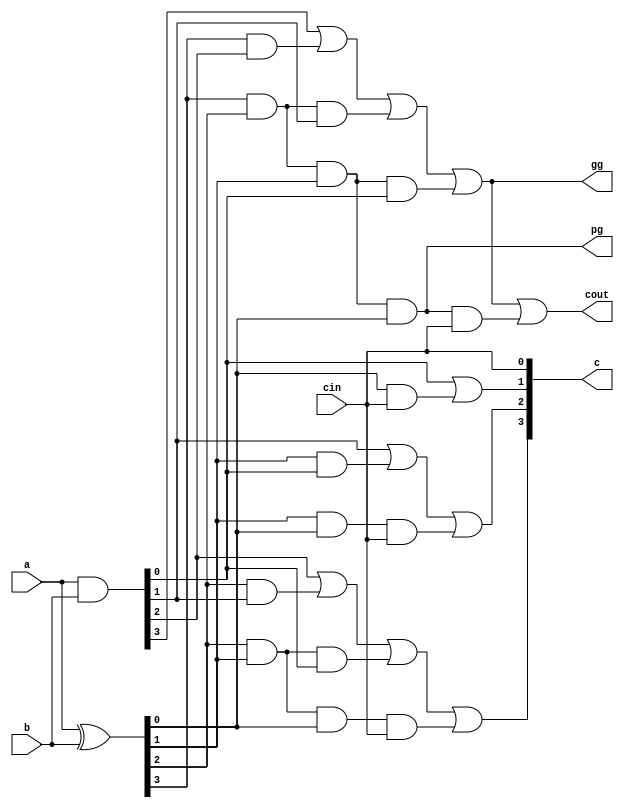
module carry_lookahead_unit(
    input [3:0] a,
    input [3:0] b,
    input cin,
    output [3:0] c,
    output cout,
    output pg,
    output gg
);

wire [3:0] p, g;

assign p = a ^ b;
assign g = a & b;

assign c[0] = cin;
assign c[1] = g[0] | (p[0]&c[0]);
assign c[2] = g[1] | (p[1]&g[0]) | (p[1]&p[0]&c[0]);
assign c[3] = g[2] | (p[2]&g[1]) | (p[2]&p[1]&g[0]) | (p[2]&p[1]&p[0]&c[0]);
assign cout = g[3] | (p[3]&g[2]) | (p[3]&p[2]&g[1]) | (p[3]&p[2]&p[1]&g[0]) | (p[3]&p[2]&p[1]&p[0]&c[0]);

assign pg = p[3] & p[2] & p[1] & p[0];
assign gg = g[3] | (p[3] & g[2]) | (p[3] & p[2] & g[1]) | (p[3] & p[2] & p[1] & g[0]);

endmodule




/* Gi = Ai * Bi , Pi = Ai + Bi
--> Ci = AiBi + (Ai+Bi)Ci = Gi + PiCi

C1=G0+P0Cin

C2=G1+P1G0+P1P0Cin

C3=G2+P2G1+P2P1G0+P2P1P0Cin

Cout=G3+P3G2+P3P2G1+P3P2P1G0+P3P2P1P0Cin */